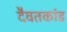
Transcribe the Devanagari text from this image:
दैवतकांड